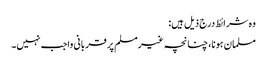
وہ شرائط درج ذیل ہیں:
مسلمان ہونا، چنانچہ غیرمسلم پر قربانی واجب نہیں۔